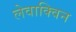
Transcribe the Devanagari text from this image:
लेवाक्विन